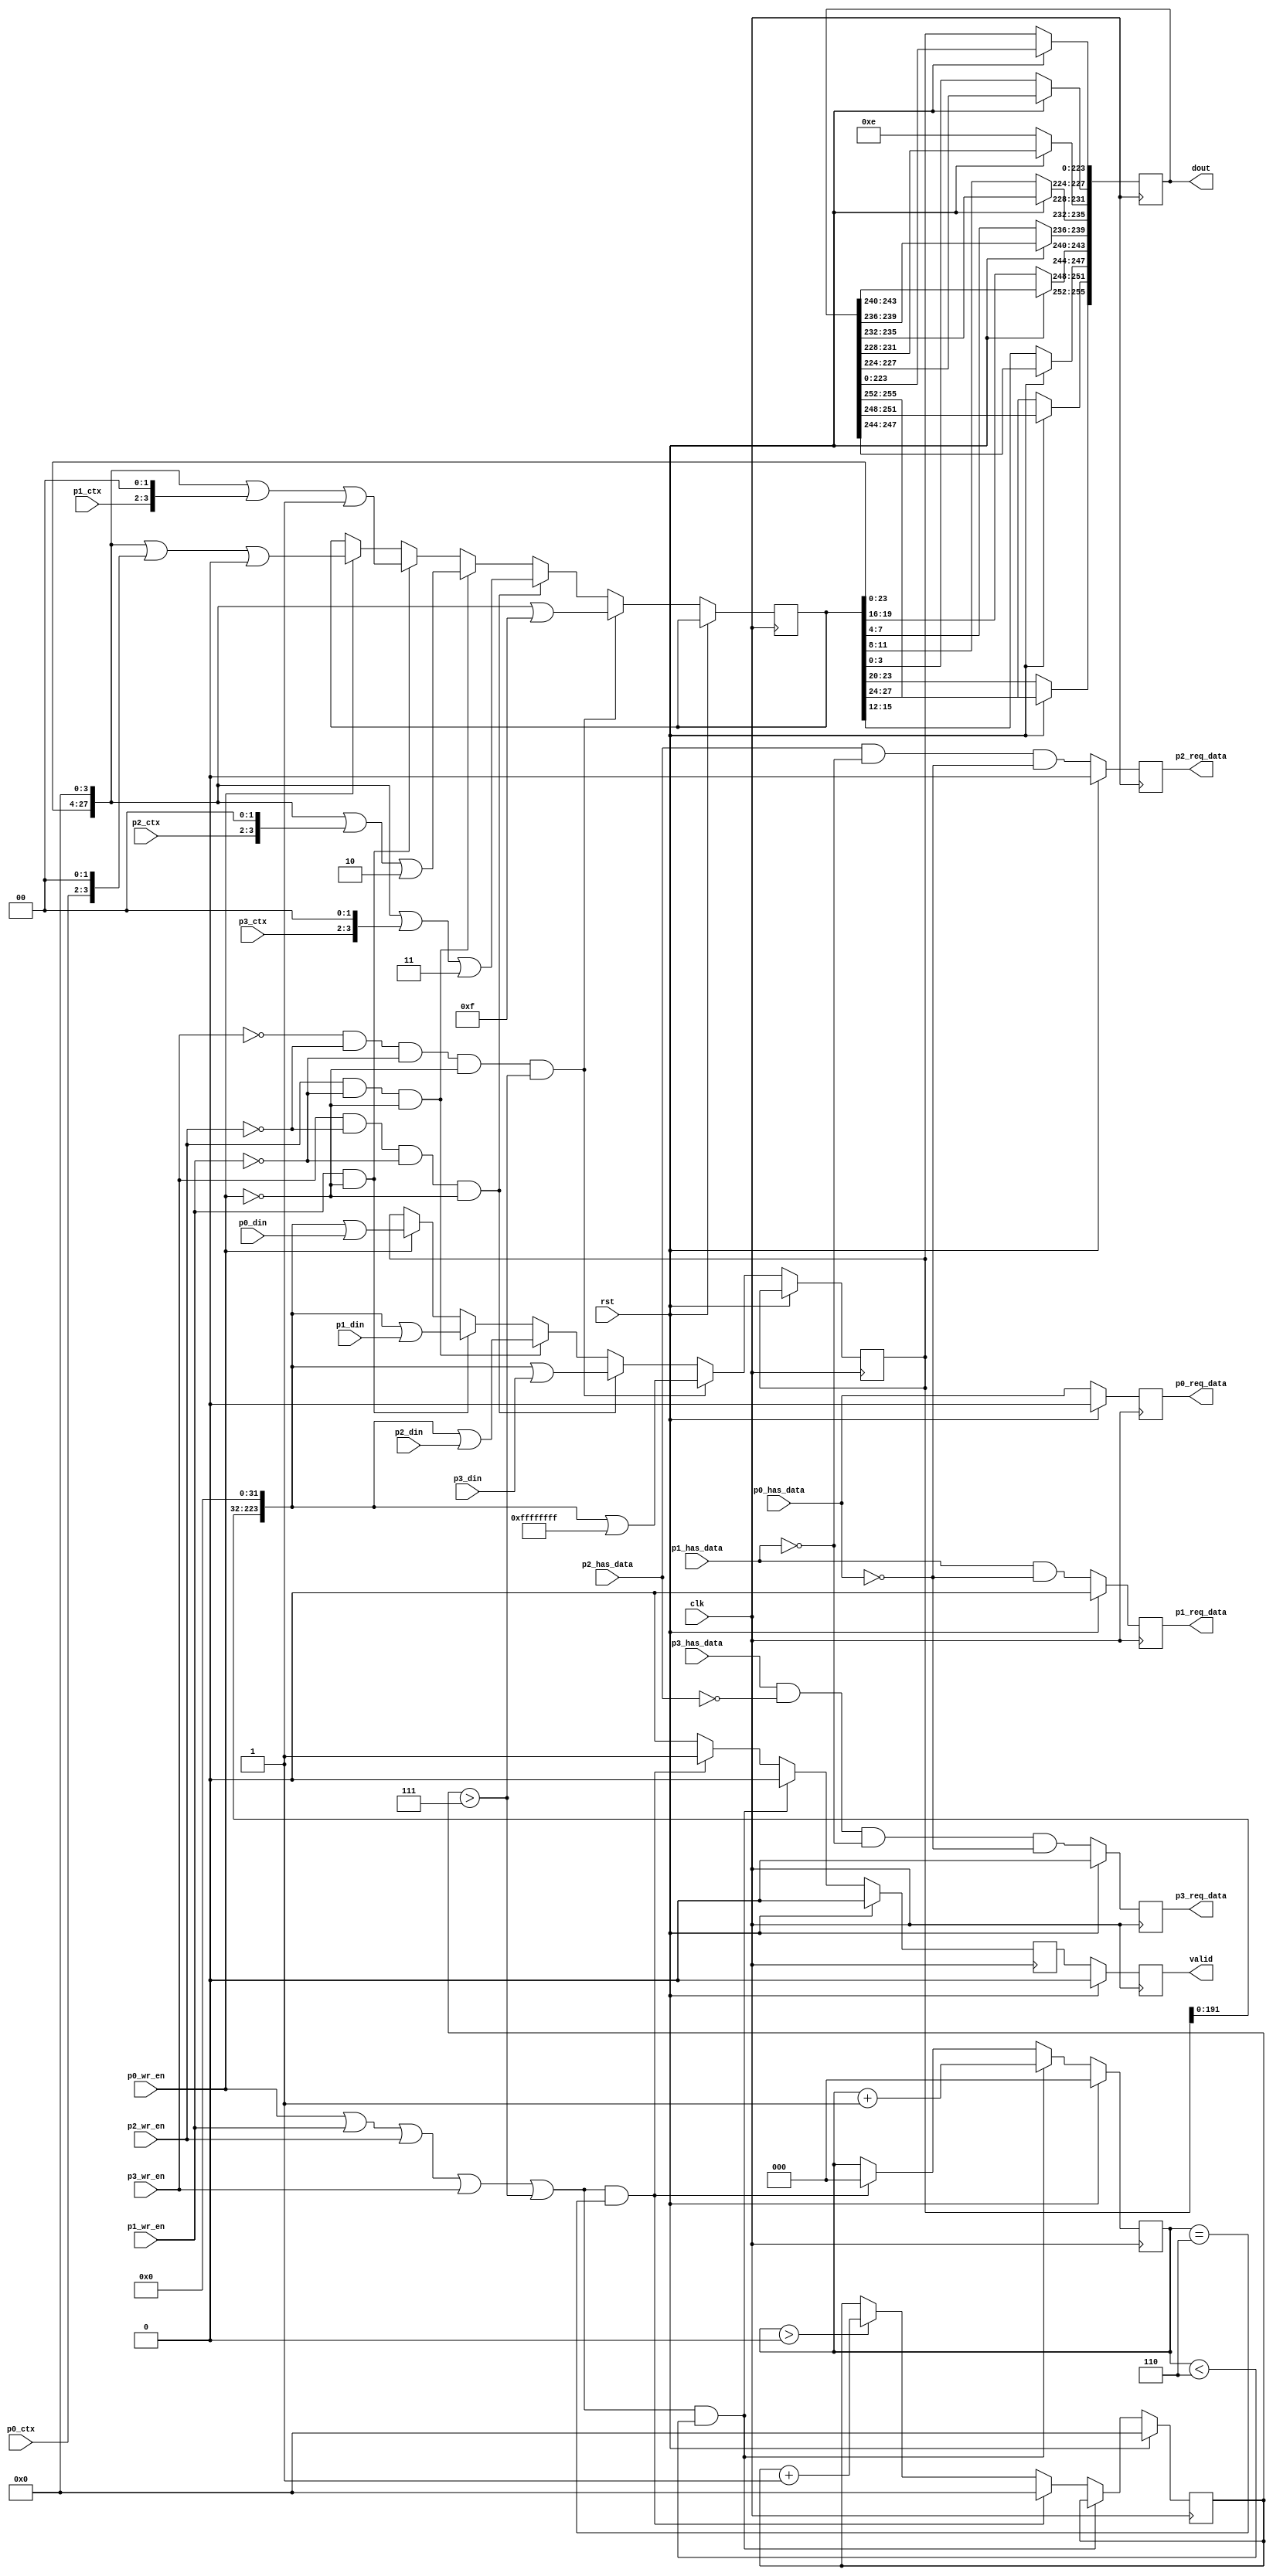
//
// Merge multiple 32-bit words into a 256-bit word consisting of one (1) 32-bit
// status word and seven (7) data words. This is done to enable relatively
// efficient transmission over the FT601 together with some additional info.
//
// The port with the lowest number will always be prioritized if it has data.
// The receiving FIFO must always have free space.
//
//

// MIT License
//
// Copyright (c) 2017 Ulf Frisk
//
// Permission is hereby granted, free of charge, to any person obtaining a copy
// of this software and associated documentation files (the "Software"), to deal
// in the Software without restriction, including without limitation the rights
// to use, copy, modify, merge, publish, distribute, sublicense, and/or sell
// copies of the Software, and to permit persons to whom the Software is
// furnished to do so, subject to the following conditions:
//
// The above copyright notice and this permission notice shall be included in all
// copies or substantial portions of the Software.
//
// THE SOFTWARE IS PROVIDED "AS IS", WITHOUT WARRANTY OF ANY KIND, EXPRESS OR
// IMPLIED, INCLUDING BUT NOT LIMITED TO THE WARRANTIES OF MERCHANTABILITY,
// FITNESS FOR A PARTICULAR PURPOSE AND NONINFRINGEMENT. IN NO EVENT SHALL THE
// AUTHORS OR COPYRIGHT HOLDERS BE LIABLE FOR ANY CLAIM, DAMAGES OR OTHER
// LIABILITY, WHETHER IN AN ACTION OF CONTRACT, TORT OR OTHERWISE, ARISING FROM,
// OUT OF OR IN CONNECTION WITH THE SOFTWARE OR THE USE OR OTHER DEALINGS IN THE
// SOFTWARE.

module pcileech_mux(
   input                clk,
   input                rst,
   // output
   output reg [255:0]   dout,
   output reg           valid = 0,
   // port0: input highest priority
   input  [31:0]        p0_din,
   input  [1:0]         p0_ctx,
   input                p0_wr_en,
   input                p0_has_data,
   output reg           p0_req_data = 0,
   // port1:
   input  [31:0]        p1_din,
   input  [1:0]         p1_ctx,
   input                p1_wr_en,
   input                p1_has_data,
   output reg           p1_req_data = 0,
   // port2:
   input  [31:0]        p2_din,
   input  [1:0]         p2_ctx,
   input                p2_wr_en,
   input                p2_has_data,
   output reg           p2_req_data = 0,
   // port3:
   input  [31:0]        p3_din,
   input  [1:0]         p3_ctx,
   input                p3_wr_en,
   input                p3_has_data,
   output reg           p3_req_data = 0
   );
   
   reg                  mux_valid = 0;
   reg [2:0]            mux_count = 0;
   reg [223:0]          mux_data = 0;
   reg [27:0]           mux_status = 32'hffffffff;
   reg [3:0]            mux_skip_counter = 0;
   `define              MUX_WR   (p0_wr_en || p1_wr_en || p2_wr_en || p3_wr_en || (mux_skip_counter > 7))
   
   always @ ( posedge clk )
      if( rst )
         begin
            valid <= 0;
            mux_count <= 0;
            mux_valid <= 0;
            p0_req_data <= 0;
            p1_req_data <= 0;
            p2_req_data <= 0;
            p3_req_data <= 0;
            mux_skip_counter <= 0;
         end
      else
         begin
            // request data
            p0_req_data <= p0_has_data;
            p1_req_data <= p1_has_data & ~p0_has_data;
            p2_req_data <= p2_has_data & ~p1_has_data & ~p0_has_data;
            p3_req_data <= p3_has_data & ~p2_has_data & ~p1_has_data & ~p0_has_data;
            // count
            if( `MUX_WR && (mux_count < 6) )
               begin
                  mux_valid <= 0;
                  mux_count <= mux_count + 1;
               end
            else if( `MUX_WR && (mux_count == 6) )
               begin
                  mux_valid <= 1;
                  mux_count <= 0;
                  mux_skip_counter <= 0;
               end
            else if ( mux_count > 0 )
               begin
                  mux_valid <= 0;
                  mux_skip_counter <= mux_skip_counter + 1;
               end
            else
               begin
                  mux_valid <= 0;
               end               
            // valid & transmit to output
            dout[223:0] <= mux_data;
            dout[227:224] <= mux_status[3:0];
            dout[231:228] <= 4'hE;
            dout[235:232] <= mux_status[11:8];
            dout[239:236] <= mux_status[7:4];
            dout[243:240] <= mux_status[19:16];
            dout[247:244] <= mux_status[15:12];
            dout[251:248] <= mux_status[27:24];
            dout[255:252] <= mux_status[23:20];
            valid <= mux_valid;
            // data & status
            if( p0_wr_en )
               begin
                  mux_status <= (mux_status << 4) | (p0_ctx << 2) | 2'b00;
                  mux_data <= (mux_data << 32) | p0_din;
               end
            if( p1_wr_en & ~p0_wr_en )
               begin
                  mux_status <= (mux_status << 4) | (p1_ctx << 2) | 2'b01;
                  mux_data <= (mux_data << 32) | p1_din;
               end
            if( p2_wr_en & ~p1_wr_en & ~p0_wr_en )
               begin
                  mux_status <= (mux_status << 4) | (p2_ctx << 2) | 2'b10;
                  mux_data <= (mux_data << 32) | p2_din;
               end
            if( p3_wr_en & ~p2_wr_en & ~p1_wr_en & ~p0_wr_en )
               begin
                  mux_status <= (mux_status << 4) | (p3_ctx << 2) | 2'b11;
                  mux_data <= (mux_data << 32) | p3_din;
               end
            if( ~p3_wr_en & ~p2_wr_en & ~p1_wr_en & ~p0_wr_en & (mux_skip_counter > 7) )
               begin
                  mux_status <= (mux_status << 4) | 4'b1111;
                  mux_data <= (mux_data << 32) | 32'hffffffff;
               end
         end
endmodule